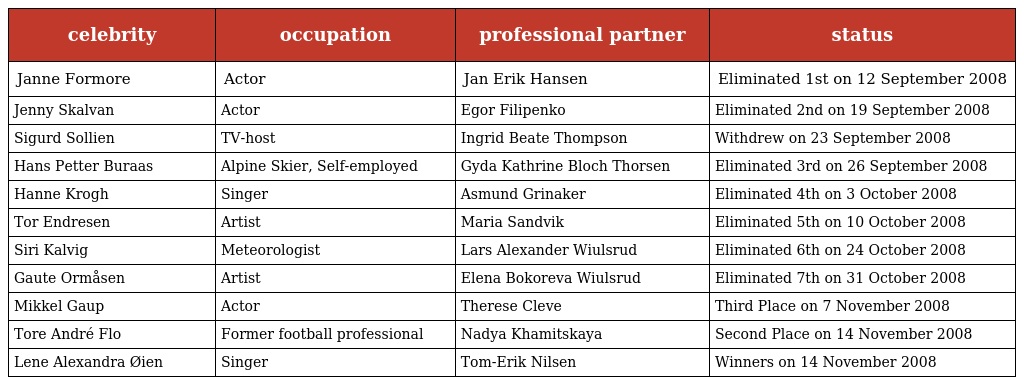
| celebrity | occupation | professional partner | status |
 | --- | --- | --- | --- |
 | Janne Formore | Actor | Jan Erik Hansen | Eliminated 1st on 12 September 2008 |
 | Jenny Skalvan | Actor | Egor Filipenko | Eliminated 2nd on 19 September 2008 |
 | Sigurd Sollien | TV-host | Ingrid Beate Thompson | Withdrew on 23 September 2008 |
 | Hans Petter Buraas | Alpine Skier, Self-employed | Gyda Kathrine Bloch Thorsen | Eliminated 3rd on 26 September 2008 |
 | Hanne Krogh | Singer | Asmund Grinaker | Eliminated 4th on 3 October 2008 |
 | Tor Endresen | Artist | Maria Sandvik | Eliminated 5th on 10 October 2008 |
 | Siri Kalvig | Meteorologist | Lars Alexander Wiulsrud | Eliminated 6th on 24 October 2008 |
 | Gaute Ormåsen | Artist | Elena Bokoreva Wiulsrud | Eliminated 7th on 31 October 2008 |
 | Mikkel Gaup | Actor | Therese Cleve | Third Place on 7 November 2008 |
 | Tore André Flo | Former football professional | Nadya Khamitskaya | Second Place on 14 November 2008 |
 | Lene Alexandra Øien | Singer | Tom-Erik Nilsen | Winners on 14 November 2008 |